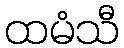
ထမံသီ